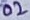
Text: 02